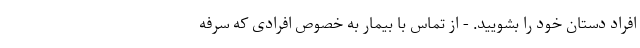
افراد دستان خود را بشویید. - از تماس با بیمار به خصوص افرادی که سرفه